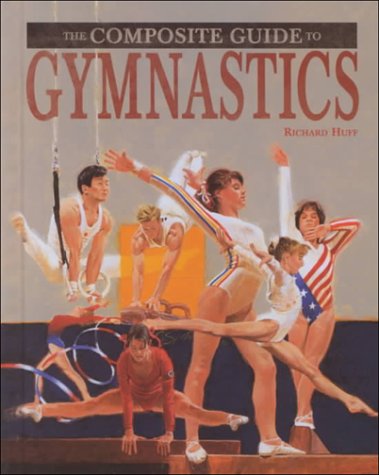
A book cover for Gymnastics (Composite Guide); Richard M. Huff; Children's Books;